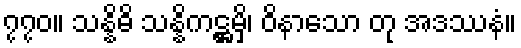
၇၇၀။ သန္နိဓိ သန္နိကဋ္ဌမှိ၊ ဝိနာသော တု အဒဿနံ။